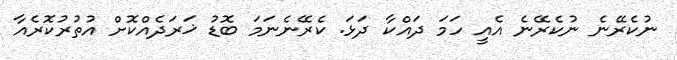
ނުކެރޭނެ ނުކެރޭނެ އެއީ ހަމަ ދައްކާ ދަޅަ. ކެރޭނެނަމަ ބޮޑު ޚަރަދެއްކޮށް އުތުރުކޮރެއާ